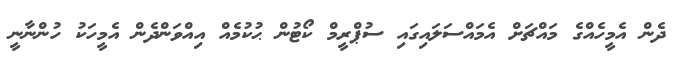
ދެން އެމީހެއްގެ މައްޗަށް އެމައްސަލައިގައި ސުޕްރީމް ކޯޓުން ޙުކުމެއް އިއްވަންދެން އެމީހަކު ހުންނާނީ